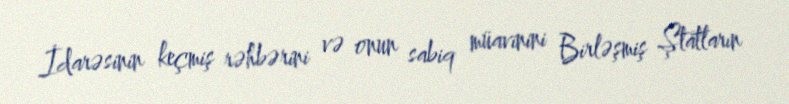
İdarəsinin keçmiş rəhbərini və onun sabiq müavinini Birləşmiş Ştatların